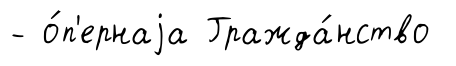
- о́п'ернаjа Гражда́нство